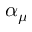
\alpha _ { \mu }